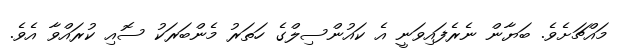
މައްޗަށެވެ. ބަޔާން ނެރެފައިވަނީ އެ ކައުންސިލްގެ ހަތަރު މެންބަރަކު ސޮއި ކުރައްވާ އެވެ.